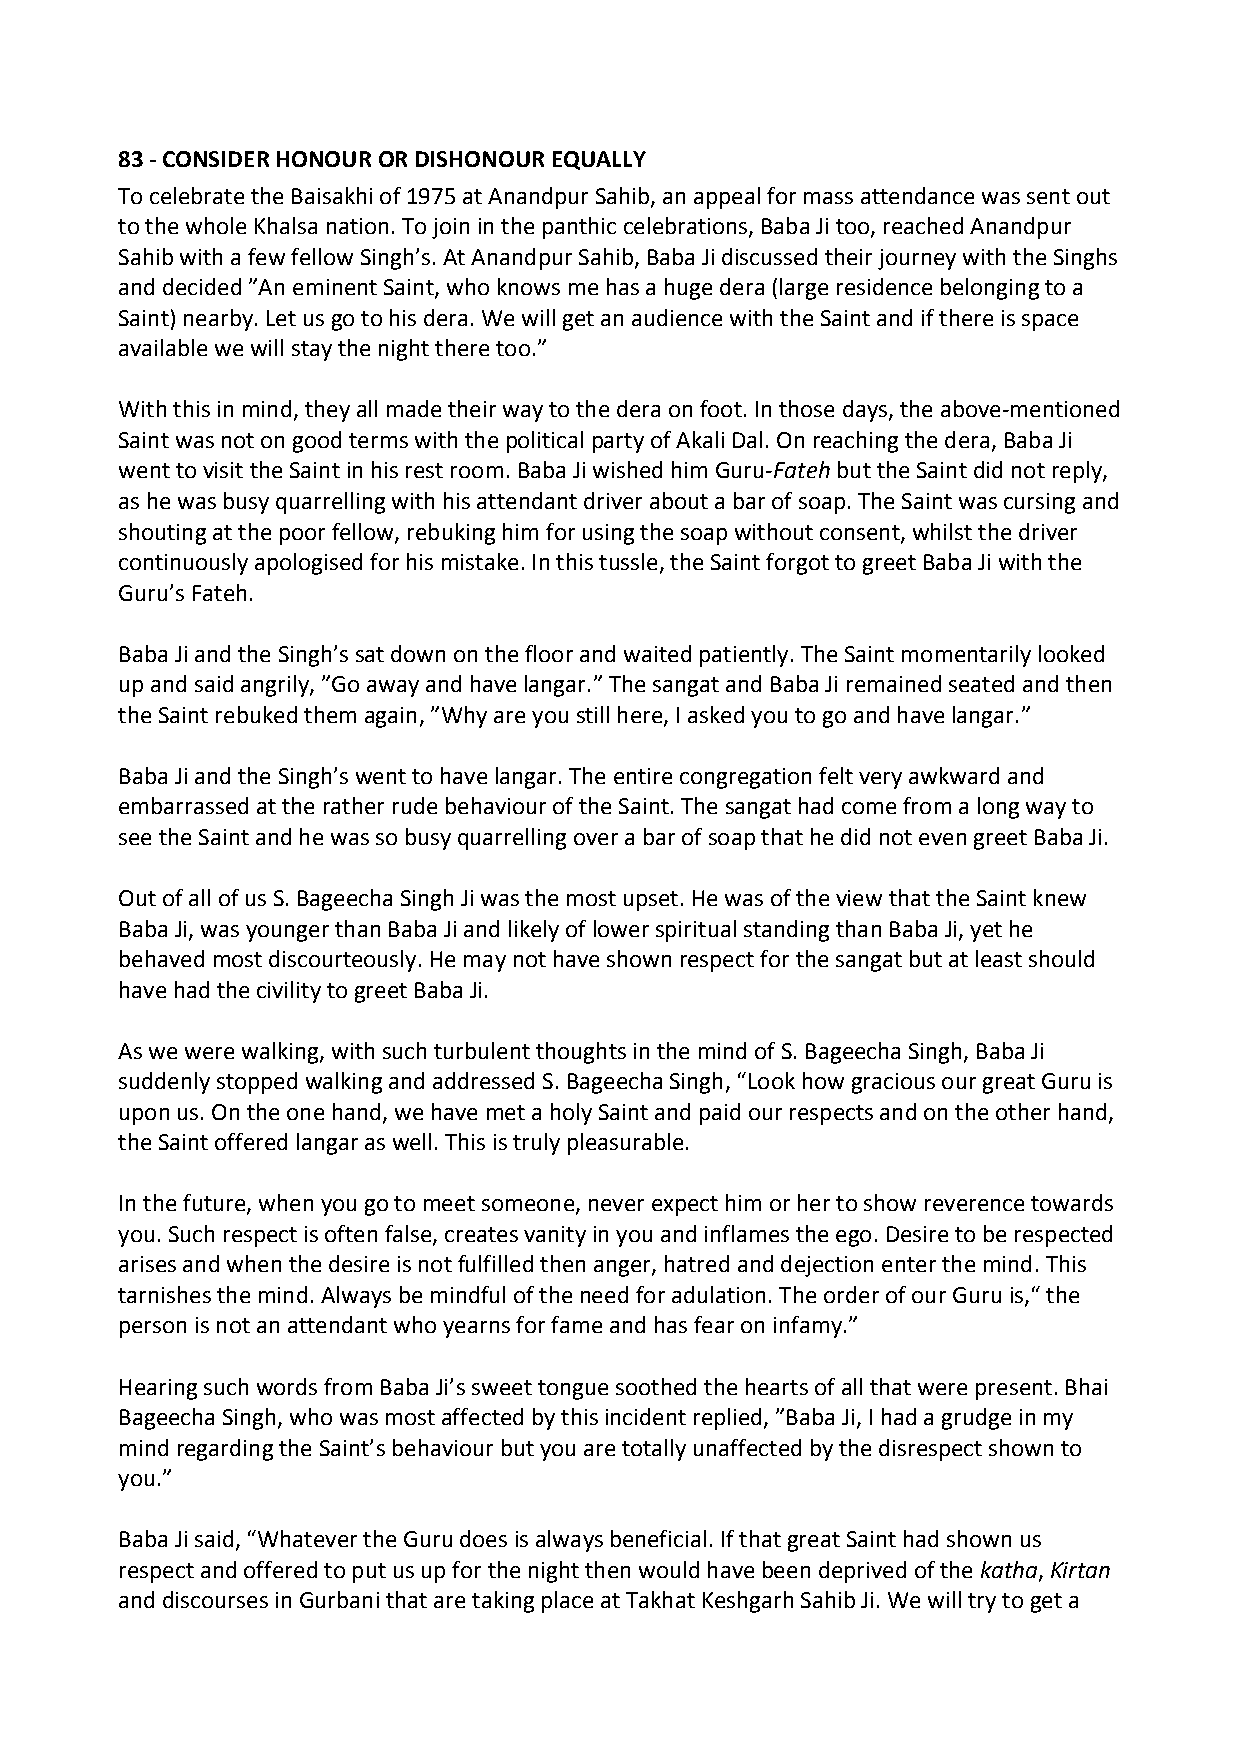
83 ‐ CONSIDER HONOUR OR DISHONOUR EQUALLY
 To celebrate the Baisakhi of 1975 at Anandpur Sahib, an appeal for mass attendance was sent out
 to the whole Khalsa nation. To join in the panthic celebrations, Baba Ji too, reached Anandpur
 Sahib with a few fellow Singh’s. At Anandpur Sahib, Baba Ji discussed their journey with the Singhs
 and decided ”An eminent Saint, who knows me has a huge dera (large residence belonging to a
 Saint) nearby. Let us go to his dera. We will get an audience with the Saint and if there is space
 available we will stay the night there too.”
 With this in mind, they all made their way to the dera on foot. In those days, the above‐mentioned
 Saint was not on good terms with the political party of Akali Dal. On reaching the dera, Baba Ji
 went to visit the Saint in his rest room. Baba Ji wished him Guru‐Fateh but the Saint did not reply,
 as he was busy quarrelling with his attendant driver about a bar of soap. The Saint was cursing and
 shouting at the poor fellow, rebuking him for using the soap without consent, whilst the driver
 continuously apologised for his mistake. In this tussle, the Saint forgot to greet Baba Ji with the
 Guru’s Fateh.
 Baba Ji and the Singh’s sat down on the floor and waited patiently. The Saint momentarily looked
 up and said angrily, ”Go away and have langar.” The sangat and Baba Ji remained seated and then
 the Saint rebuked them again, ”Why are you still here, I asked you to go and have langar.”
 Baba Ji and the Singh’s went to have langar. The entire congregation felt very awkward and
 embarrassed at the rather rude behaviour of the Saint. The sangat had come from a long way to
 see the Saint and he was so busy quarrelling over a bar of soap that he did not even greet Baba Ji.
 Out of all of us S. Bageecha Singh Ji was the most upset. He was of the view that the Saint knew
 Baba Ji, was younger than Baba Ji and likely of lower spiritual standing than Baba Ji, yet he
 behaved most discourteously. He may not have shown respect for the sangat but at least should
 have had the civility to greet Baba Ji.
 As we were walking, with such turbulent thoughts in the mind of S. Bageecha Singh, Baba Ji
 suddenly stopped walking and addressed S. Bageecha Singh, “Look how gracious our great Guru is
 upon us. On the one hand, we have met a holy Saint and paid our respects and on the other hand,
 the Saint offered langar as well. This is truly pleasurable.
 In the future, when you go to meet someone, never expect him or her to show reverence towards
 you. Such respect is often false, creates vanity in you and inflames the ego. Desire to be respected
 arises and when the desire is not fulfilled then anger, hatred and dejection enter the mind. This
 tarnishes the mind. Always be mindful of the need for adulation. The order of our Guru is,“ the
 person is not an attendant who yearns for fame and has fear on infamy.”
 Hearing such words from Baba Ji’s sweet tongue soothed the hearts of all that were present. Bhai
 Bageecha Singh, who was most affected by this incident replied, ”Baba Ji, I had a grudge in my
 mind regarding the Saint’s behaviour but you are totally unaffected by the disrespect shown to
 you.”
 Baba Ji said, “Whatever the Guru does is always beneficial. If that great Saint had shown us
 respect and offered to put us up for the night then would have been deprived of the katha, Kirtan
 and discourses in Gurbani that are taking place at Takhat Keshgarh Sahib Ji. We will try to get a